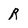
Character: R